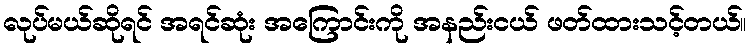
လုပ်မယ်ဆိုရင် အရင်ဆုံး အကြောင်းကို အနည်းငယ် ဖတ်ထားသင့်တယ်။